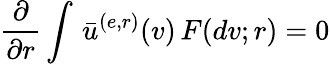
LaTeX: \frac{\partial}{\partial r}\int\, \bar{u}^{(e,r)}(v)\, F(dv;r)=0